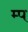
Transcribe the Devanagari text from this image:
म्प